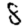
Digit: 8